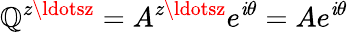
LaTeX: \mathbb{Q}^{z\ldotsz}=A^{z\ldotsz}e^{\mathit{i}\theta}=Ae^{\mathit{i}\theta}